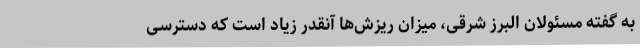
به گفته مسئولان البرز شرقی، میزان ریزش‌ها آنقدر زیاد است که دسترسی